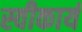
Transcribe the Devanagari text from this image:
स्‍वीकार्य